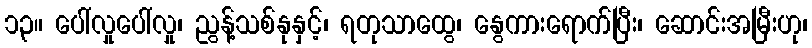
၁၃။ ပေါ်လှုပေါ်လှု၊ ညွန့်သစ်နုနှင့်၊ ရတုသာထွေ၊ နွေကားရောက်ပြီး၊ ဆောင်းအမြီးဟု၊